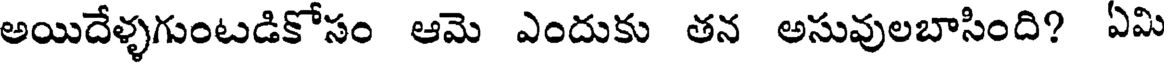
అయిదేళ్ళగుంటడికోసం ఆమె ఎందుకు తన అసువులబాసింది? ఏమి